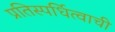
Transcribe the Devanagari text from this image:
प्रतिस्पर्धित्वाची